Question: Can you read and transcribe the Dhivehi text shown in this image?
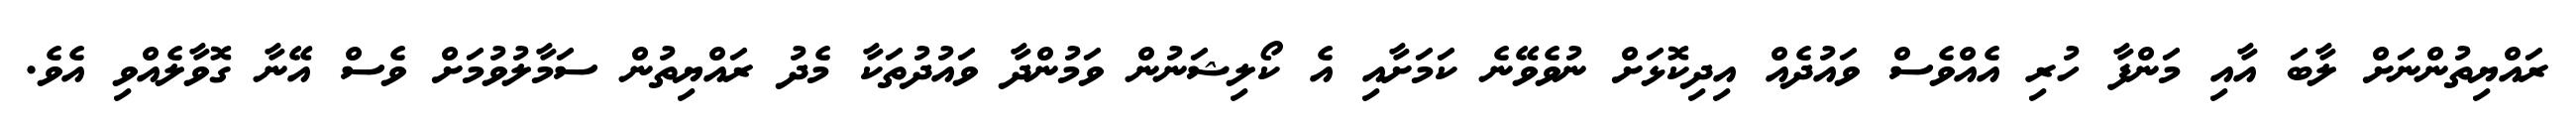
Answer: ރައްޔިތުންނަށް ލާބަ އާއި މަންފާ ހުރި އެއްވެސް ވައުދެއް އިދިކޮޅަށް ނުވެވޭނެ ކަމަށާއި އެ ކޯލިޝަނުން ވަމުންދާ ވައުދުތަކާ މެދު ރައްޔިތުން ސަމާލުވުމަށް ވެސް އޭނާ ގޮވާލެއްވި އެވެ.